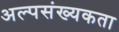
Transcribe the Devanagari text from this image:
अल्पसंख्यकता